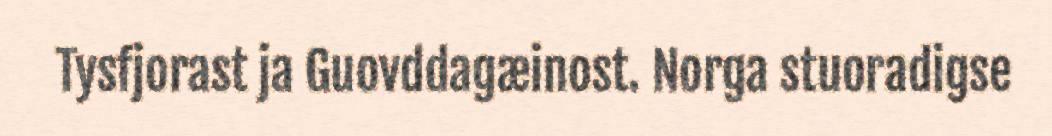
Tysfjorast ja Guovddagæinost. Norga stuoradigse